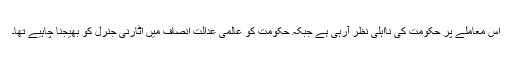
اس معاملے پر حکومت کی نااہلی نظر آرہی ہے جبکہ حکومت کو عالمی عدالت انصاف میں اٹارنی جنرل کو بھیجنا چاہیے تھا۔